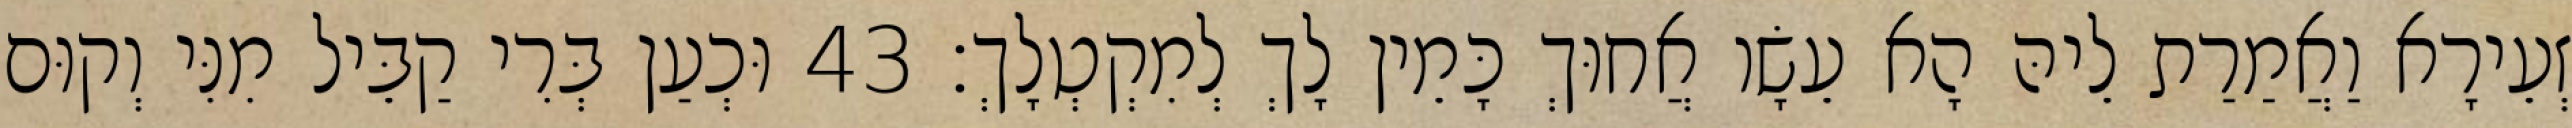
זְעֵירָא וַאֲמַרַת לֵיהּ הָא עֵשָׂו אֲחוּךְ כָּמֵין לָךְ לְמִקְטְלָךְ׃ 43 וּכְעַן בְּרִי קַבֵּיל מִנִּי וְקוּם